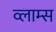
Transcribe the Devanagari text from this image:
व्लाम्स